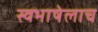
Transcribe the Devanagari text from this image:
स्वभाषेलाच